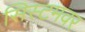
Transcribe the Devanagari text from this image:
सिस्टमवर